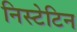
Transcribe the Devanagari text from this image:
निस्टेटिन